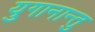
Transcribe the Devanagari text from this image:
युगानान्तु